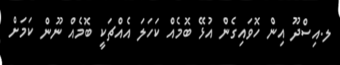
ލ.އިސްދޫ އިން ހޮވައިގެން އުޅޭ ބޮމެއް ކަހަލަ އެއްޗަކީ ބޮމެއް ނޫން ކަމަށް